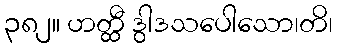
၃၈၂။ ဟတ္ထီ ဒွါဒသပေါသော၊တိ၊